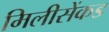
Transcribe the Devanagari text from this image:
मिलीसेंकड